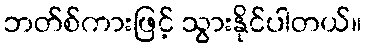
ဘတ်စ်ကားဖြင့် သွားနိုင်ပါတယ်။